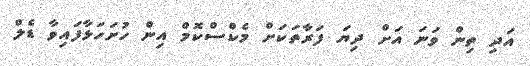
އަދި ތިން ވަނަ އަށް ދިޔަ ފަރާތަކަށް މެކްސްކޮމް އިން ހުށަހަޅާފައިވާ ޑެލް